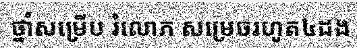
ថ្នាំសម្រើប រំលោភ សម្រេចរហូត៤ដង